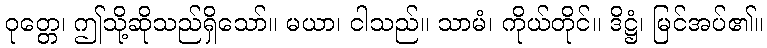
ဝုတ္တေ၊ ဤသို့ဆိုသည်ရှိသော်။ မယာ၊ ငါသည်။ သာမံ၊ ကိုယ်တိုင်။ ဒိဋ္ဌံ၊ မြင်အပ်၏။